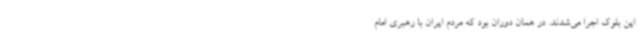
این بلوک اجرا می‌شدند. در همان دوران بود که مردم ایران با رهبری امام